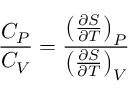
{ \frac { C _ { P } } { C _ { V } } } = { \frac { \left( { \frac { \partial S } { \partial T } } \right) _ { P } } { \left( { \frac { \partial S } { \partial T } } \right) _ { V } } }